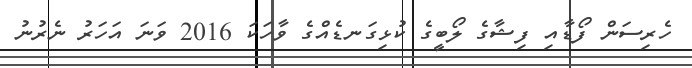
ހެރިސަން ފޯޑާއި ފިޝާގެ ލޯބީގެ ކުޅިގަނޑެއްގެ ވާހަކަ 2016 ވަނަ އަހަރު ނެރުނު